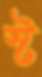
স্ট